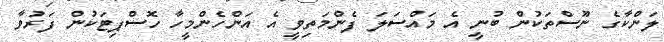
ލަންކާގެ ނޫަސްތަކުން ބުނީ އެ މައްސަލަ ފެންމަތިވީ އެ އަންހެންމީހާ ހޮސްޕިޓަކުން ފަރުވާ